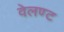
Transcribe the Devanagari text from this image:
वेलण्ट